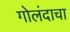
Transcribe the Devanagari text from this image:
गोलंदाचा